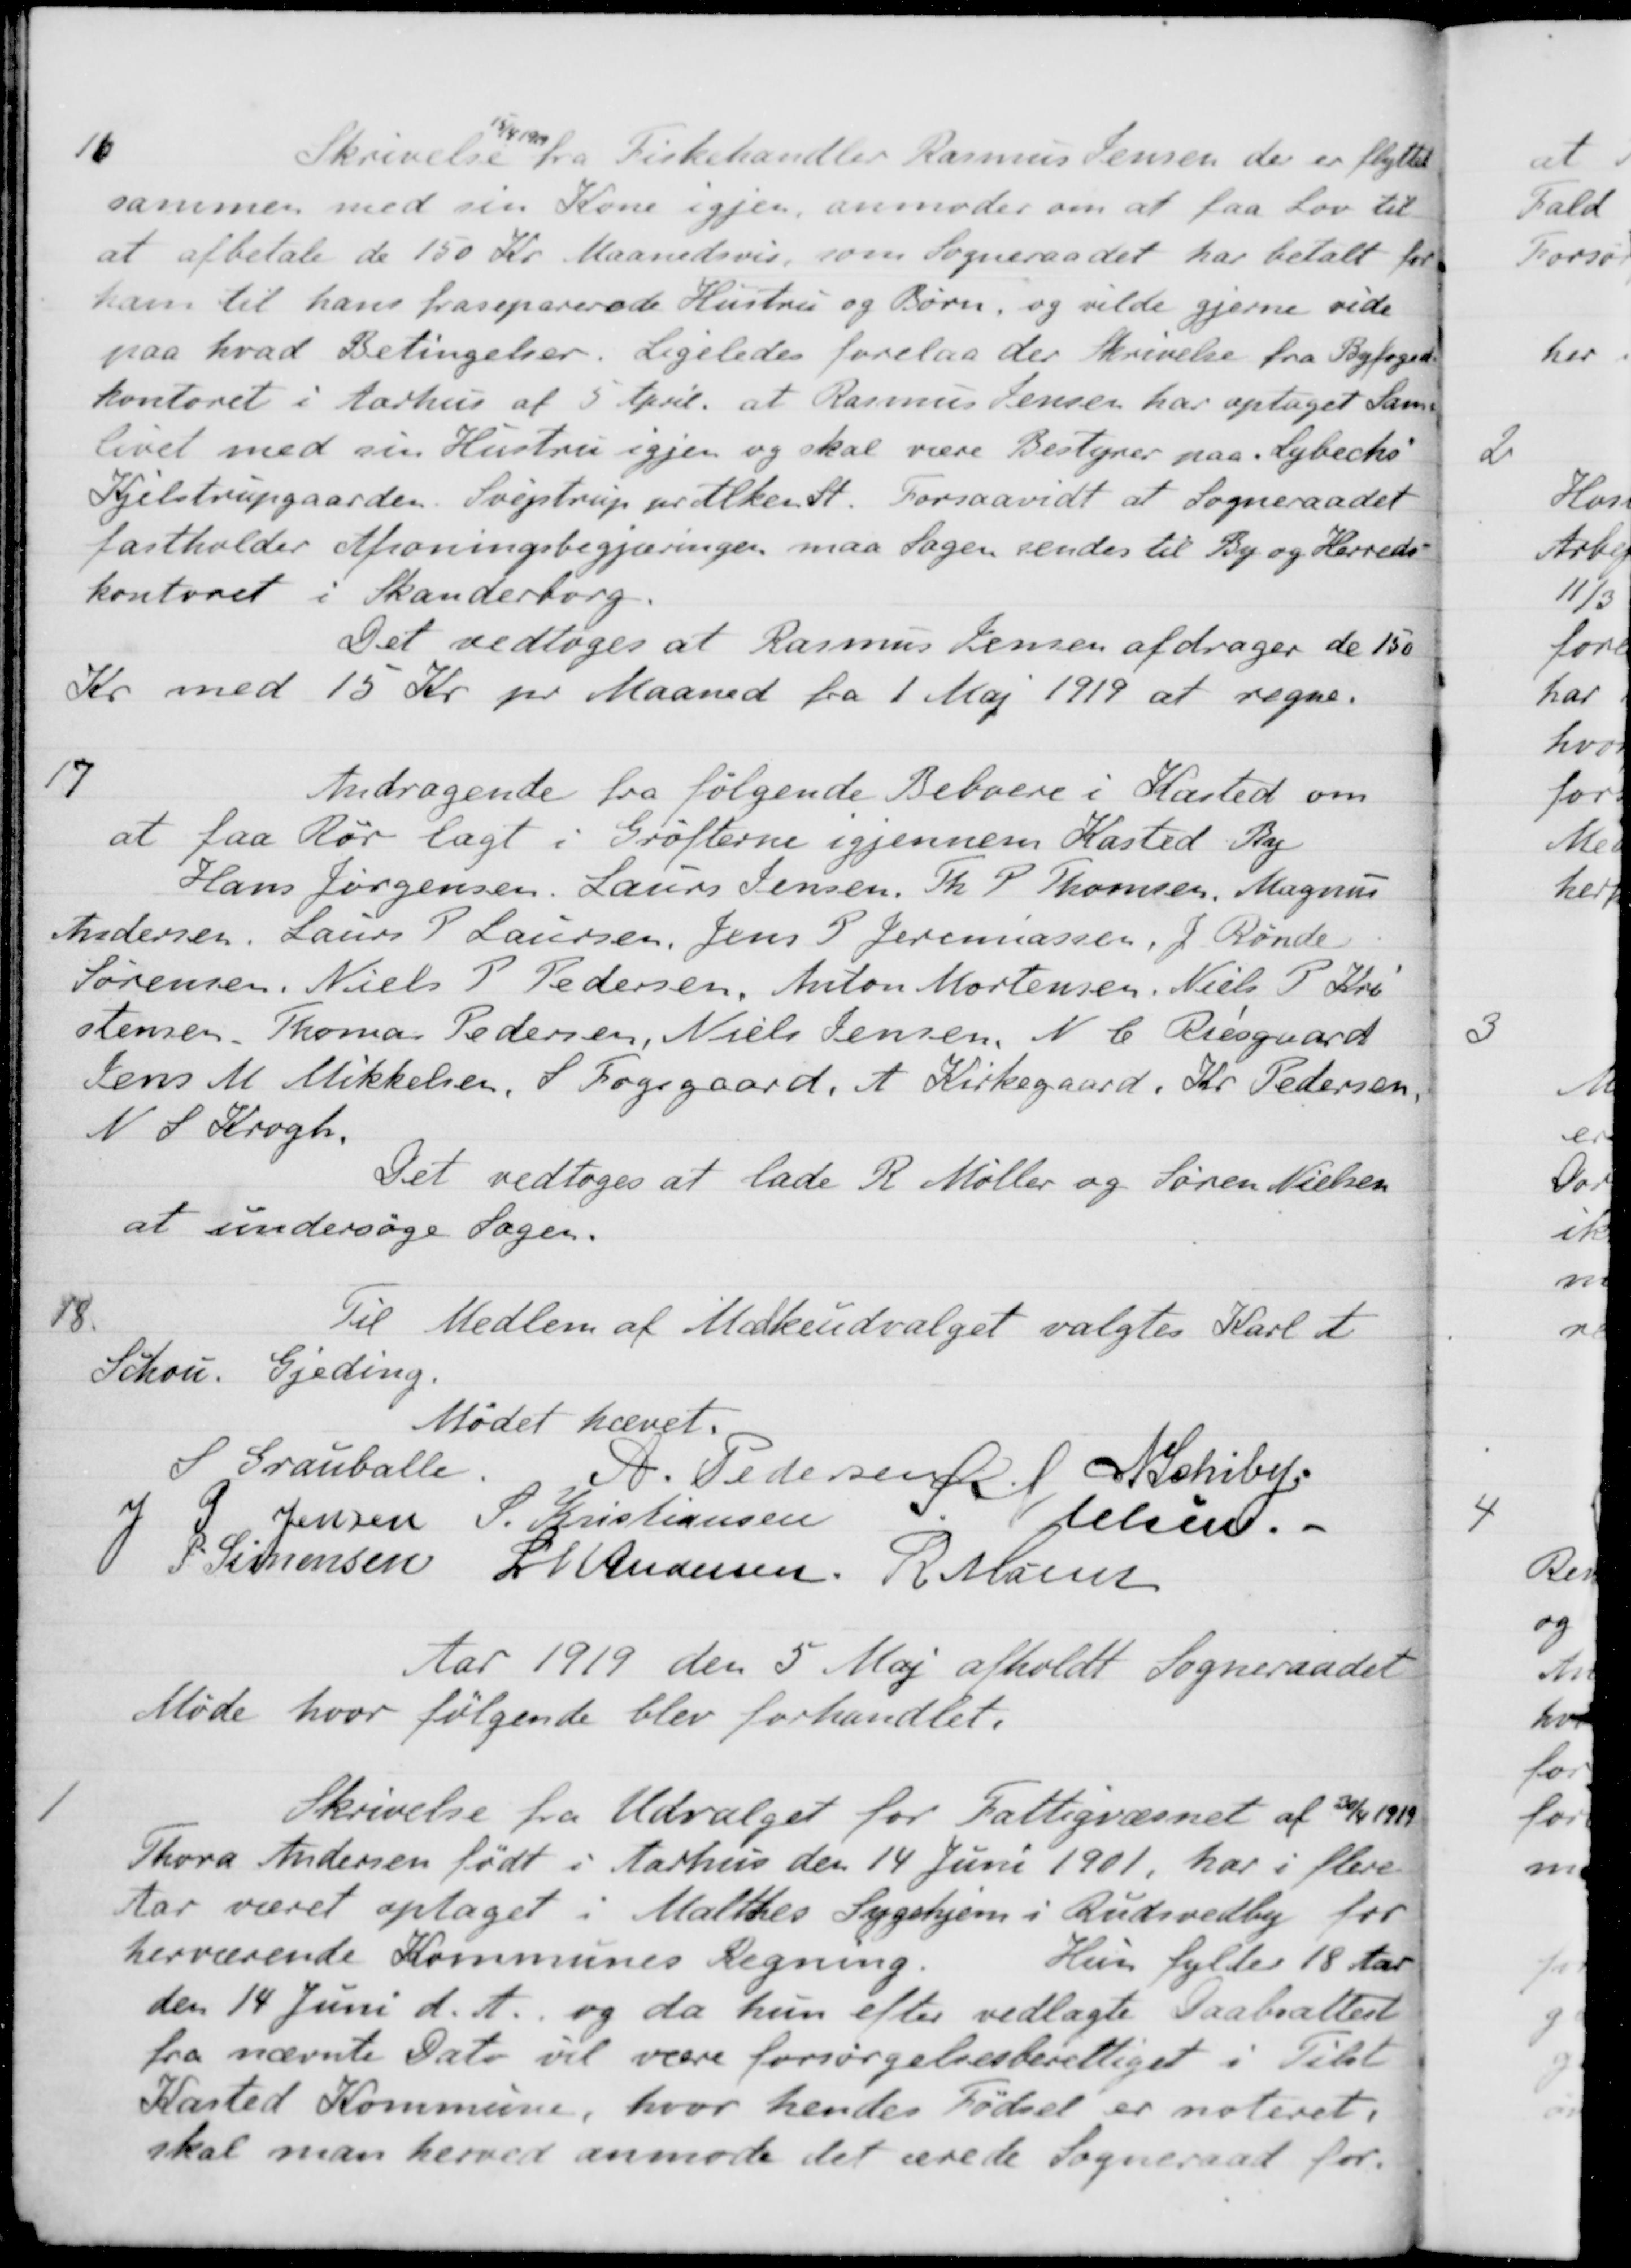
Transskription:
16
Skrivelse
15/4 1919
fra Fiskehandler Rasmus Jensen, der er flyttet
sammen med sin Kone igjen, anmoder om at faa Lov til
at afbetale de 150 Kr Maanedsvis, som Sogneraadet har betalt for
ham til hans fraseparerede Hustru og Børn, og vilde gjerne vide
paa hvad Betingelser. Ligeledes forelaa der Skrivelse fra Byfoged
kontoret i Aarhus af 5 April, at Rasmus Jensen har optaget Sam-
livet med sin Hustru igjen og skal være Bestyrer paa "Lybecks"
Kjelstrupgaarden, Svejstrup pr Alken St. Forsaavidt at Sogneraadet
fastholder Afsoningsbegjæringen maa Sagen sendes til By og Herreds-
kontoret i Skanderborg.
Det vedtoges at Rasmus Jensen afdrager de 150
Kr med 15 Kr pr Maaned fra 1 Maj 1919 at regne.
17
Andragende fra følgende Beboere i Kasted om
at faa Rør lagt i Grøfterne igjennem Kasted By
Hans Jørgensen, Laurs Jensen, Th. P. Thomsen, Magnus
Andersen, Laurs P Laursen, Jens P. Jeremiassen, J. Rønde
Sørensen, Niels P Pedersen, Anton Mortensen, Niels P. Kri-
stensen. Thomas Pedersen, Niels Jensen, N. C. Riesgaard
Jens M. Mikkelsen, S. Fogsgaard, A. Kirkegaard, Kr. Pedersen,
N. S. Krogh.
Det vedtoges at lade R. Møller og Søren Nielsen
at undersøge Sager.
18.
Til Medlem af Mælkeudvalget valgtes Karl A
Schou. Gjeding.
Mødet hævet.
S Grauballe.
A. Pedersen
N Schiby.
J P. Jensen
S. Kristiansen
S Nielsen.
P. Simonsen
L M Andersen
R Møller
Aar 1919 den 5 Maj afholdt Sogneraadet
Møde hvor følgende blev forhandlet.
1
Skrivelse fra Udvalget for Fattigvæsnet af 30/4 1919
Thora Andersen født i Aarhus den 14 Juni 1901, har i flere
Aar været optaget i Malthes Sygehjem i Rudsvedby for
herværende Kommunes Regning.
Hun fylder 18 Aar
den 14 Juni d. A. og da hun efter vedlagte Daabsattest
fra nævnte Dato vil være forsørgelsesberettiget i Tilst
Kasted Kommune, hvor hendes Fødsel er noteret i
skal man herved anmode det ærede Sogneraad for